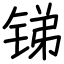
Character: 锑